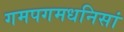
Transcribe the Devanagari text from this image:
गमपगमधनिसां